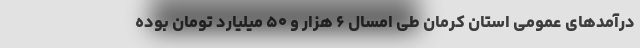
درآمدهای عمومی استان کرمان طی امسال ۶ هزار و ۵۰ میلیارد تومان بوده